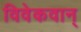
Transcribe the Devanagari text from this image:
विवेकवान्